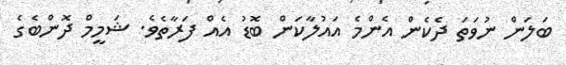
ބަލަން ނުވަތަ ދެކެން އެންމެ އައުލާކަން ބޮޑު އެއް ފަރާތެވެ. ޝަމީމް ދޮންބެގެ